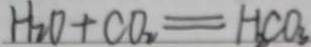
H _ { 2 } O + C O _ { 2 } = H _ { 2 } C O _ { 3 }